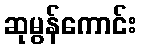
ဆုမွန်ကောင်း